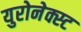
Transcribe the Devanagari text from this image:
युरोनेक्स्ट